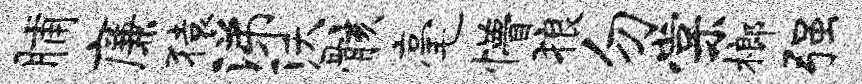
脯廉猿涕沃骸毫懵狼勿棠榔强